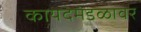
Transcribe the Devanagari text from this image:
कायदेमंडळावर